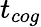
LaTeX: t_{cog}